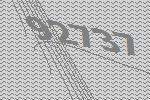
92737